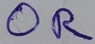
Text: OR